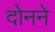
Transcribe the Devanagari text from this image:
दोनने